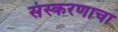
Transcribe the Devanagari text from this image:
संस्करणाचा